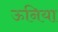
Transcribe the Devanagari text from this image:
ऊनिया